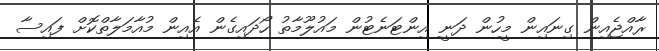
ރާއްޖެއިން ގިނައިން މީހުން ދަނީ އިންޓަނެޓުން މައުލޫމާތު ހޯދައިގެން އެއިން މުއާމަލާތްކޮށް ފައިސާ